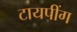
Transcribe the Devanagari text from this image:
टायपींग